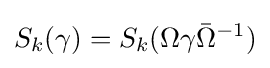
S_{k}(\gamma )=S_{k}(\Omega \gamma {\bar {\Omega }}^{-1})